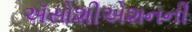
ઍસોશીએશનની